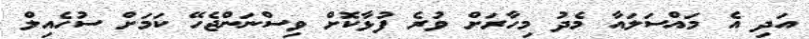
އަދި އެ މައްސަލައާ މެދު މިހާރަށް ވުރެ ފުޅާކޮށް ވިސްނަންޖެހޭ ކަމަށް ސުހެއިލް